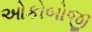
ઓકોબોજી